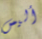
أليس